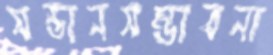
সন্তানসম্ভাবনা